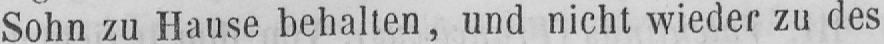
Sohn zu Hause behalten, und nicht wieder zu des